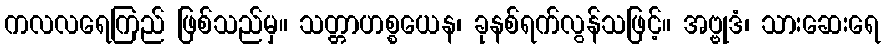
ကလလရေကြည် ဖြစ်သည်မှ။ သတ္တာဟစ္စယေန၊ ခုနစ်ရက်လွန်သဖြင့်။ အဗ္ဗုဒံ၊ သားဆေးရေ